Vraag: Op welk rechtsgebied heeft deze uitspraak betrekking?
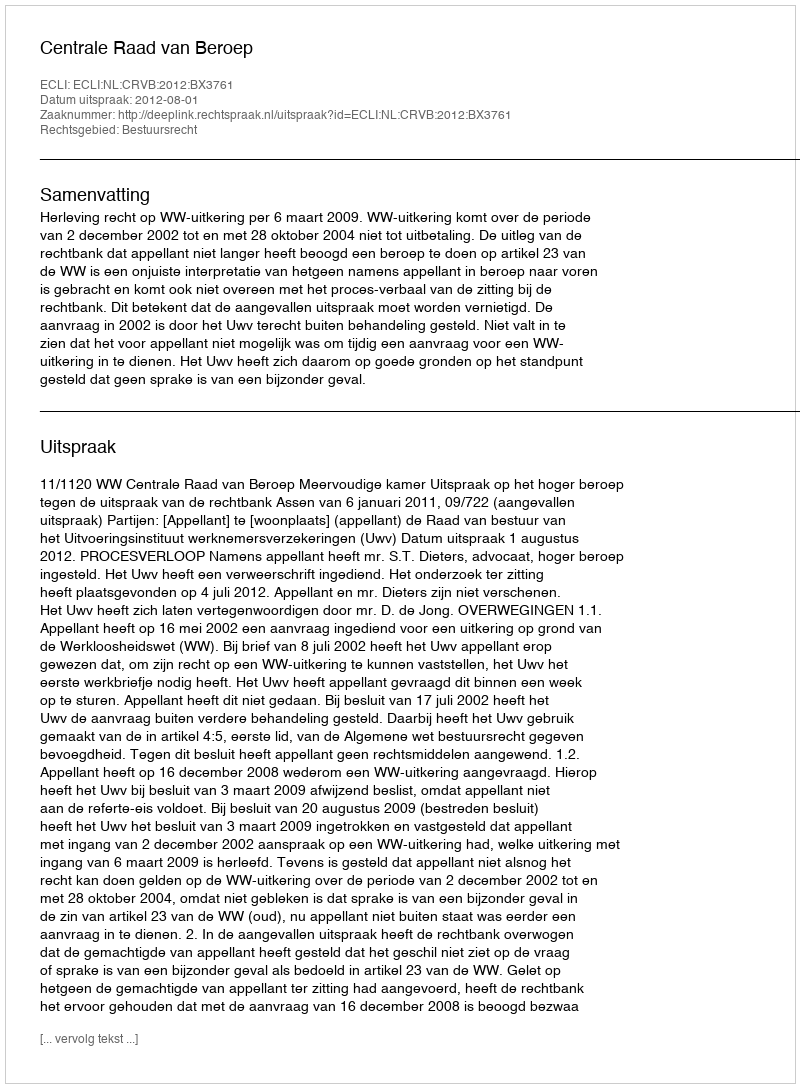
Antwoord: Bestuursrecht